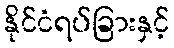
နိုင်ငံရပ်ခြားနှင့်